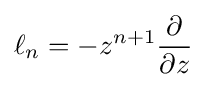
\ell _{n}=-z^{n+1}{\frac {\partial }{\partial z}}